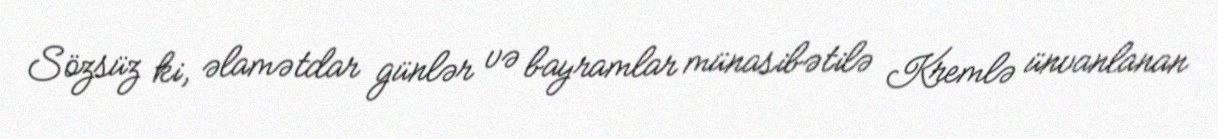
Sözsüz ki, əlamətdar günlər və bayramlar münasibətilə Kremlə ünvanlanan